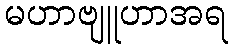
မဟာဗျူဟာအရ